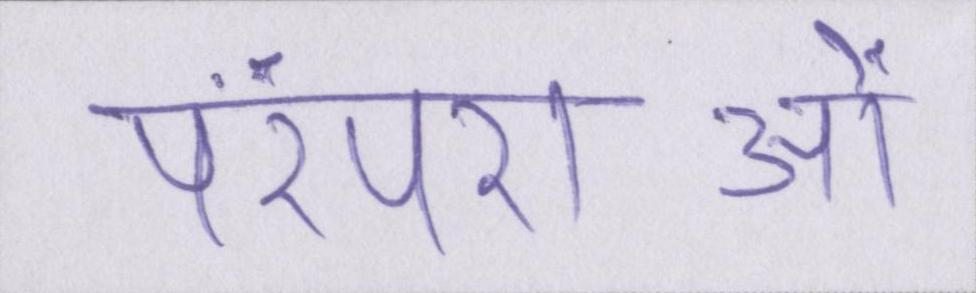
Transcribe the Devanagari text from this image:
परंपराओं